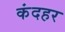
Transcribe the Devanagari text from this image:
कंदहर